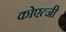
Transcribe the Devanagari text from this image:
कोएत्जी